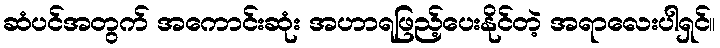
ဆံပင်အတွက် အကောင်းဆုံး အဟာရဖြည့်ပေးနိုင်တဲ့ အရာလေးပါရှင်။